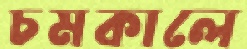
চমকালে